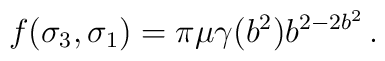
f(\sigma_3,\sigma_1)= \pi \mu \gamma(b^{2})b^{2-2b^{2}}\, . \nonumber